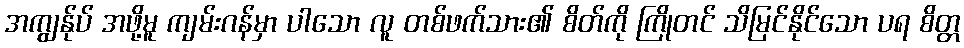
အကျွန်ုပ် အဖို့မူ ကျမ်းဂန်မှာ ပါသော လူ တစ်ဖက်သား၏ စိတ်ကို ကြိုတင် သိမြင်နိုင်သော ပရ စိတ္တ